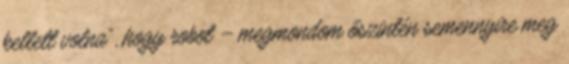
kellett volna”, hogy robot – megmondom őszintén semennyire meg